Uue-Poltsamaa_vallakohus, lk 80
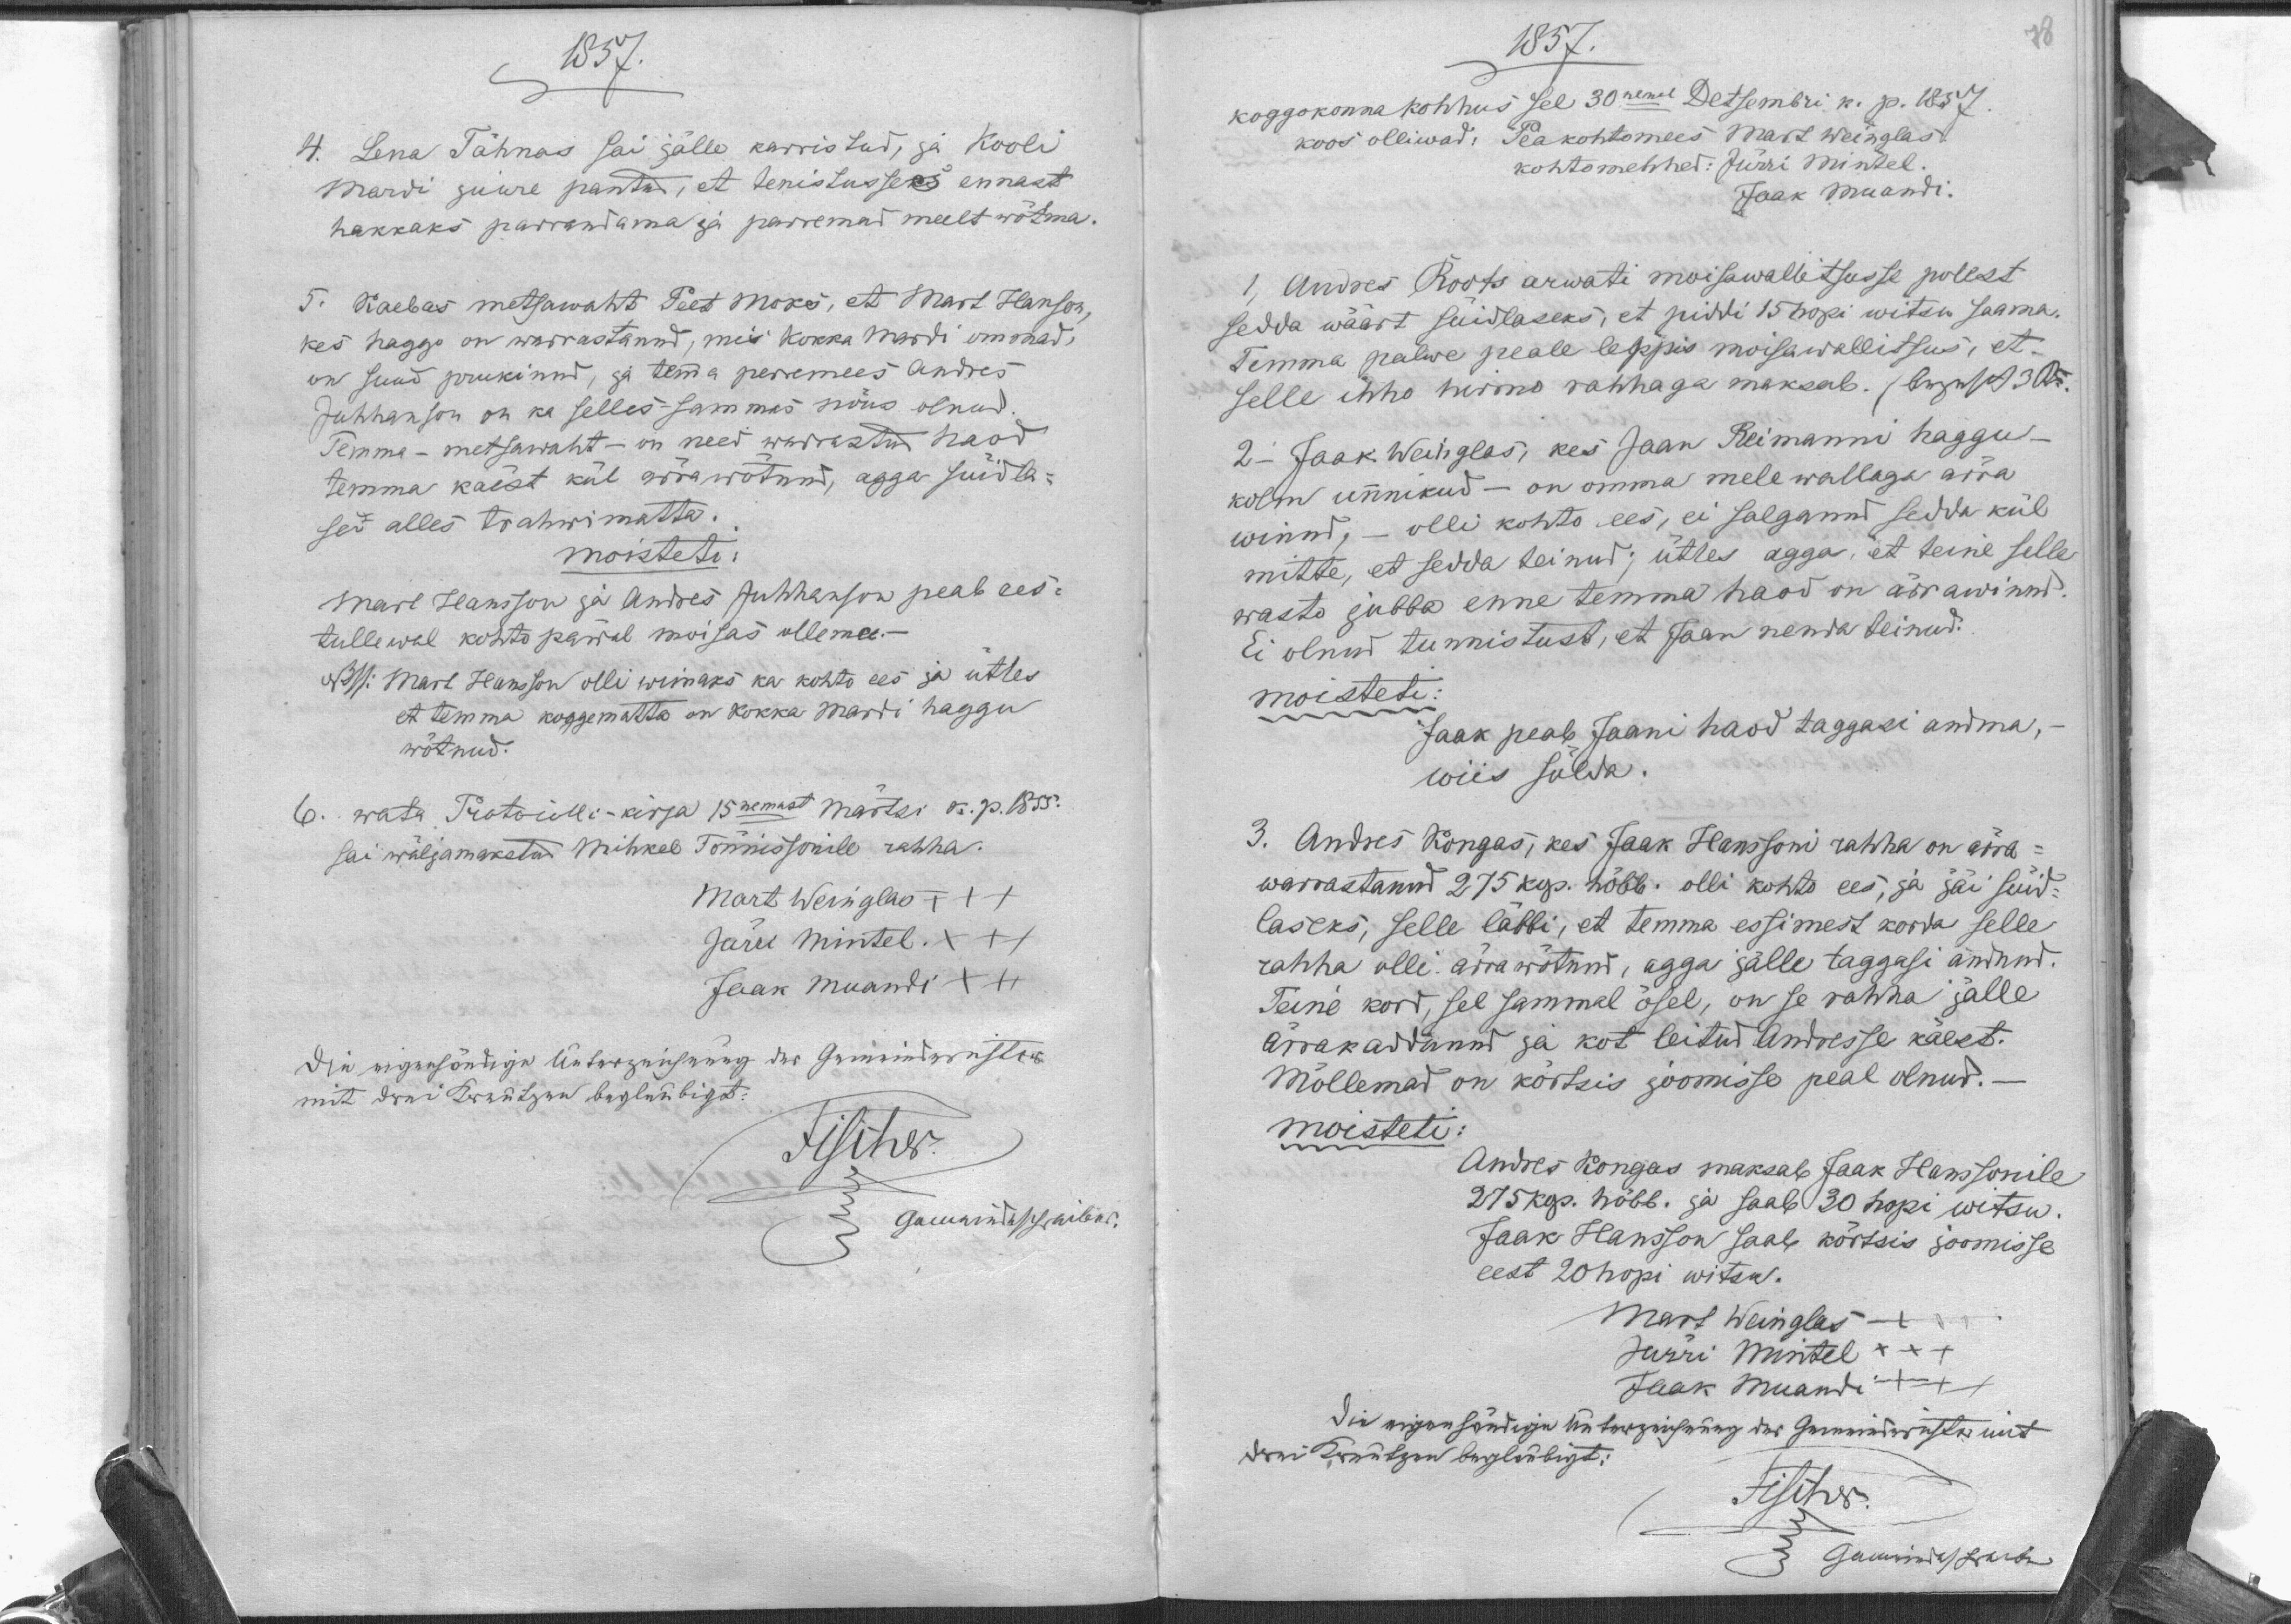
1857.
4 Lena Tähnas sai jälle karristud, ja kooli
Mardi juure pantud, et tenistusses ennast
hakkaks parrandama ja parremad meelt wõtma.
5. Kaebas metsawaht Peet Moks, et Mart Hanson,
kes haggo on warrastanud, mis Kokka Mardi ommad,
on suud prukinud, ja temma perremees Andres
Juhhanson on ka selles sammaa nõus olnud.
Temma - metsawaht - on need warrastud haod
temma käest kül ärrawõtnud, agga süidla-
sed alles trahwimatta.
moisteti:
Mart Hansson ja Andres Juhhanson peab ees-
tullewal kohto päwal moisas ollema.
Mart Hansson olli wimaks ka kohto ees ja ütles
et temma koggematta on Kokka Mardi haggu
wõtnud.
15nemast Märtsi k. p. 1855.
6. wata Protocolli-kirja
Tõnnissonile rahha.
sai wäljamakstud Mihkel
Mart Weinglas XXX
Jürri Mintel XXX
Jaak Muandi XXX

1857.
koggokonna kohhus sel 30nemal Detsembri k. p. 1857.
koos olliwad. Peakohtomees Mart Weinglas
Kohtomehhed: Jürri Mintel
Jaak Muandi.
1, Andres Roots arwati moisawalltsusse polest
sedda wäärt süidlaseks, et piddi 15 hopi witsa saama.
Temma palwe peale leppis moisawallitsus, et
selle ihho hirmo rahhaga maksab.
2.- Jaak Weinglas, kes Jaan Reimanni haggu -
kolm unnikud - on omma mele wallaga ärra
winud, - olli kohto ees, ei salganud sedda kül
mitte, et sedda teinud; ütles agga, et teine selle
wasto jubba enne temma haod on ärrawinud.
Ei olnud tunnistust, et Jaan nenda teinud.
moisteti:
Jaak peab Jaani haod taggasi andma,
wiis sülda.
3. Andres Kongas, kes Jaak Hanssoni rahha on ärra-
warrastanud 275 kop. hõbb. olli kohto ees, ja jäi süid-
laseks, selle läbbi, et temma essimest korda selle
rahha olli ärra wõtnud, agga jälle taggasi andnud.
Teine kord, sel sammal ösel, on se rahha jälle
ärrakaddunud ja kot leitud Andresse käest.
Mõllemad on kõrtsis joomisse peal olnud.
moisteti:
Andres Kongas maksab Jaak Hanssonile
25 kop. hõbb. ja saab 30 hopi witsu.
Jaak Hansson saab kõrtsis joomise
eest 20 hopi witsu.
Mart Weinglas
Jurri Mintel XXX
Jaak Muandi XXX